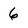
Character: 6